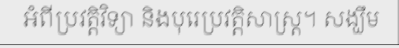
អំពីប្រវត្តិវិទ្យា និងបុរេប្រវត្តិសាស្ត្រ។ សង្ឃឹម